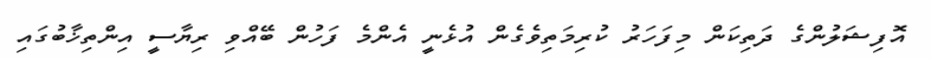
އޮފިޝަލުންގެ ދަތިކަން މިފަހަރު ކުރިމަތިވެގެން އުޅެނީ އެންމެ ފަހުން ބޭއްވި ރިޔާސީ އިންތިޚާބުގައި